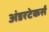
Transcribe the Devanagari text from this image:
अंडरटेकर्स